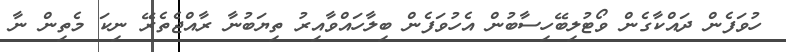
ހުވަފެން ދައްކާގެން ވޯޓުލިބޭހިސާބުން އެހުވަފެން ބިލާހައްވާއިރު ތިޔަބުނާ ރާއްޖެތެރޭ ނިކަ މެތިން ނާ